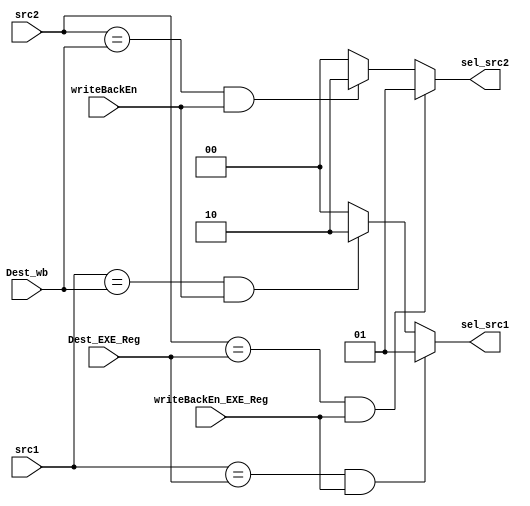
module forwarding_unit (src1,src2,writeBackEn,writeBackEn_EXE_Reg,Dest_wb,Dest_EXE_Reg,sel_src1,sel_src2);
	
input writeBackEn,writeBackEn_EXE_Reg;
input [3:0] src1, src2, Dest_wb,Dest_EXE_Reg;
output [1:0] sel_src1,sel_src2;


 
assign sel_src1 = ((src1 == Dest_EXE_Reg) & (writeBackEn_EXE_Reg) ) ? 2'b01 : ((src1 == Dest_wb) & (writeBackEn) ) ? 2'b10 : 2'b00 ;
    
assign sel_src2 = ((src2 == Dest_EXE_Reg) & (writeBackEn_EXE_Reg) ) ? 2'b01 : ((src2 == Dest_wb) & (writeBackEn) ) ? 2'b10 : 2'b00 ;
   


endmodule